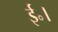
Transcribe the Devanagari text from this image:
ई॰।